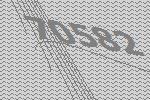
70582